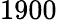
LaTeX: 1900